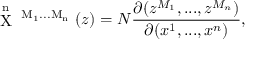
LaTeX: \mathrm { ~ \stackrel { n } { X } ~ ^ { M _ { 1 } . . . M _ { n } } ~ } ( z ) = { \cal N } \frac { \partial ( z ^ { M _ { 1 } } , . . . , z ^ { M _ { n } } ) } { \partial ( x ^ { 1 } , . . . , x ^ { n } ) } ,